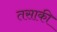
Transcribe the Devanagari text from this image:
तसाकी